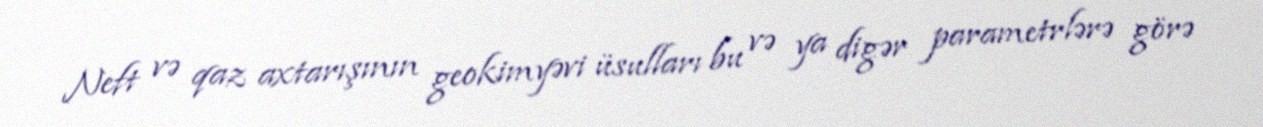
Neft və qaz axtarışının geokimyəvi üsulları bu və ya digər parametrlərə görə